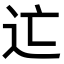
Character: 𨑑